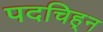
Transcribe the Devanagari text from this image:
पदचिह्‌न